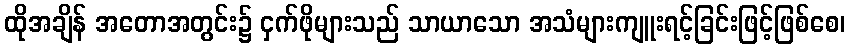
ထိုအချိန် အတောအတွင်း၌ ငှက်ဖိုများသည် သာယာသော အသံများကျူးရင့်ခြင်းဖြင့်ဖြစ်စေ၊